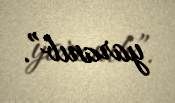
yaranıb”.